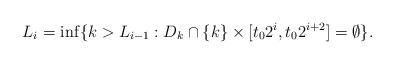
LaTeX: \begin{align*}L_{i} = \inf \{ k > L_{i-1} : D_{k} \cap \{ k \} \times [ t_{0} 2^{i} , t_{0} 2 ^{i + 2} ] = \emptyset \}.\end{align*}